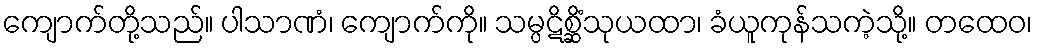
ကျောက်တို့သည်။ ပါသာဏံ၊ ကျောက်ကို။ သမ္ပဋိစ္ဆိံသုယထာ၊ ခံယူကုန်သကဲ့သို့။ တထေဝ၊